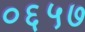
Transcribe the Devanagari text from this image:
०६५७